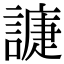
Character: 𧫰